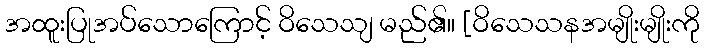
အထူးပြုအပ်သောကြောင့် ဝိသေသျ မည်၏။ [ဝိသေသနအမျိုးမျိုးကို